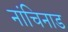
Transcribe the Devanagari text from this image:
नांचिनाड